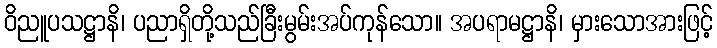
ဝိညူပသဋ္ဌာနိ၊ ပညာရှိတို့သည်ခြီးမွမ်းအပ်ကုန်သော။ အပရာမဋ္ဌာနိ၊ မှားသောအားဖြင့်